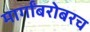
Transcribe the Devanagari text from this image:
मार्गांबरोबरच